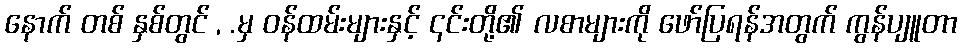
နောက် တစ် နှစ်တွင် , .မှ ဝန်ထမ်းများနှင့် ၎င်းတို့၏ လစာများကို ဖော်ပြရန်အတွက် ကွန်ပျူတာ